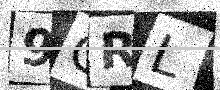
Text: 9GRL